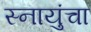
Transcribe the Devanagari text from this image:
स्नायुंचा